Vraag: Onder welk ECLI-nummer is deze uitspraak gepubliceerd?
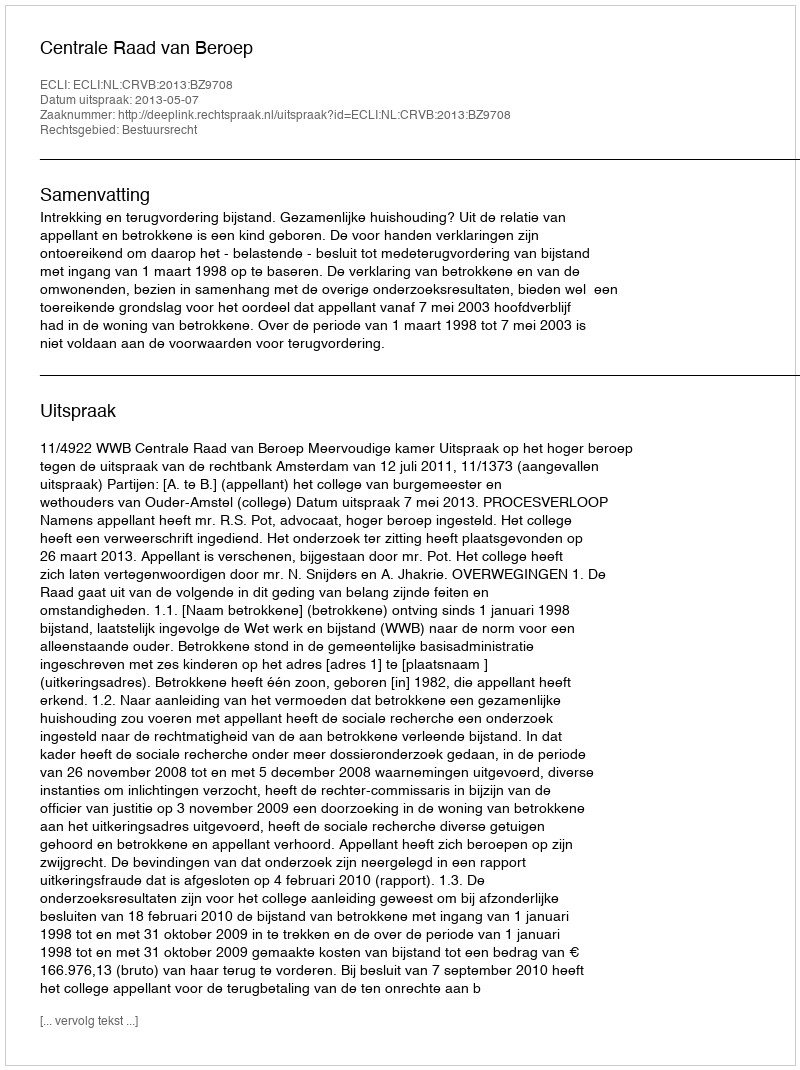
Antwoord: ECLI:NL:CRVB:2013:BZ9708